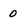
Character: 0